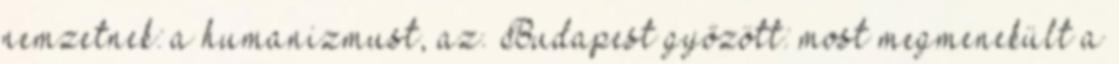
nemzetnek: a humanizmust, az. Budapest győzött: most megmenekült a